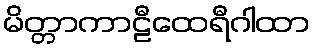
မိတ္တာကာဠီထေရီဂါထာ